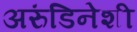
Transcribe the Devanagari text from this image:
अरुंडिनेशी